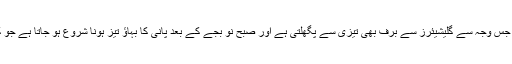
ان کا کہنا تھا کہ دن کے وقت درجہ حرارت زیادہ ہوتا ہے جس وجہ سے گلیشیئرز سے برف بھی تیزی سے پگھلتی ہے اور صبح نو بجے کے بعد پانی کا بہاؤ تیز ہونا شروع ہو جاتا ہے جو کہ عموماً دوپہر اور شام کے وقت طغیانی کا سبب بنتا ہے۔